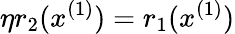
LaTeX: \eta r_{2}(x^{(1)})=r_{1}(x^{(1)})